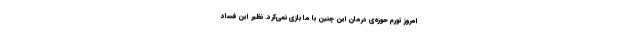
امروز تورم حوزه‌ی درمان این چنین با ما بازی نمی‌کرد. نظیر این فساد